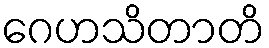
ဂေဟသိတာတိ